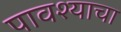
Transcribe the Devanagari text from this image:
पावश्याचा